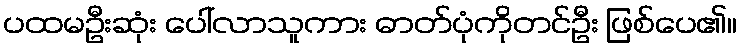
ပထမဦးဆုံး ပေါ်လာသူကား ဓာတ်ပုံကိုတင်ဦး ဖြစ်ပေ၏။